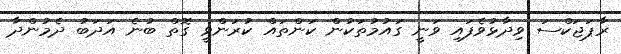
ރާޕަޖަކްސަ ވިދާޅުވެފައި ވަނީ ގައުމުތަކުން ކަންތައް ކުރަންވީ ގޮތް ބުނެ އަދަބު ދެމުންދާ